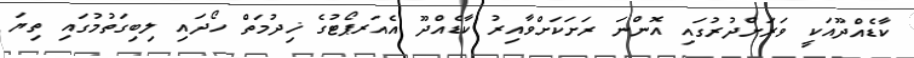
ކާޑެއްދޫއަކީ ވަރަށްދުރުގައި އޮންނަ ރަށަކަށްވާއިރު ކާޑެއްދޫ އެއަރޕޯޓުގެ ޚިދުމަތް ހޯދައި ލިބިގަތުމުގައި ތިޔަ